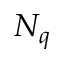
N _ { q }